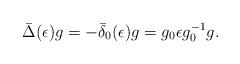
LaTeX: \begin{align*}\bar\Delta (\epsilon) g = - \bar\delta_0 (\epsilon) g= g_0 \epsilon g_0^{-1}g.\end{align*}